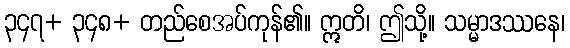
၃၄၇+ ၃၄၈+ တည်စေအပ်ကုန်၏။ ဣတိ၊ ဤသို့။ သမ္မာဒဿနေ၊